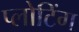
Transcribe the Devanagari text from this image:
प्लोटिंग